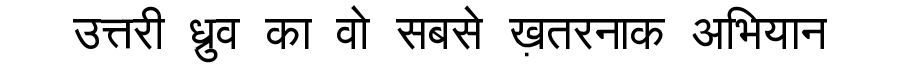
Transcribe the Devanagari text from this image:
उत्तरी ध्रुव का वो सबसे ख़तरनाक अभियान